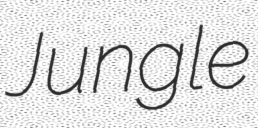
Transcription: Jungle